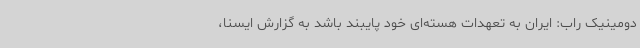
دومینیک راب: ایران به تعهدات هسته‌ای خود پایبند باشد به گزارش ایسنا،